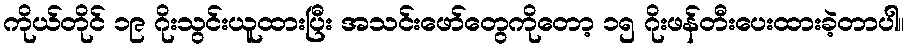
ကိုယ်တိုင် ၁၉ ဂိုးသွင်းယူထားပြီး အသင်းဖော်တွေကိုတော့ ၁၅ ဂိုးဖန်တီးပေးထားခဲ့တာပါ။